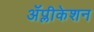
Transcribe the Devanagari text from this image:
ॲप्लीकेशन